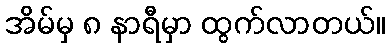
အိမ်မှ ၈ နာရီမှာ ထွက်လာတယ်။